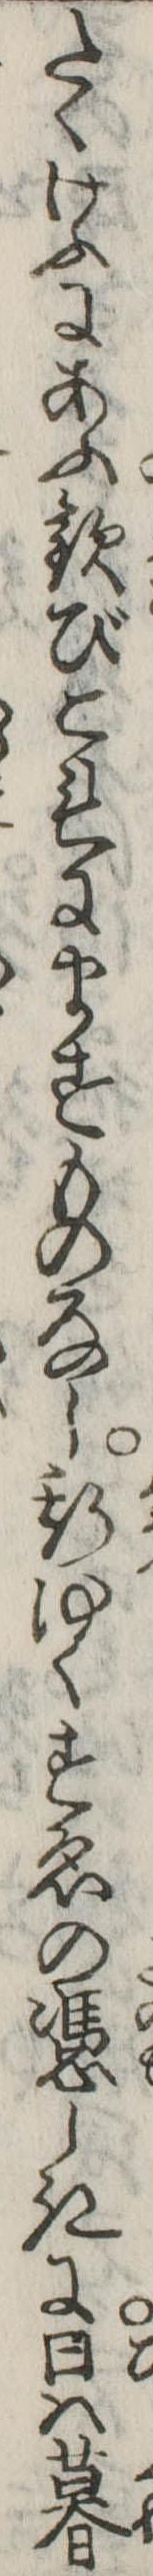
たくけふにあふ歓びこれにますものなし斯ゆくすゑの憑しきに日は暮